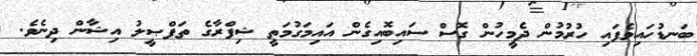
ބަނޑުހައިވެފައި ހުރުމުން ދެމީހުން ގޮސް ސައިބޮއިގެން އައިމަގުމަތީ ޝިފްރާގެ ތަފްޞީލު އިޝާން ދިނެވެ.